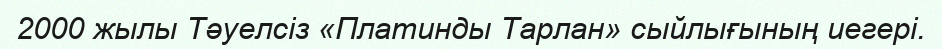
2000 жылы Тәуелсіз «Платинды Тарлан» сыйлығының иегері.